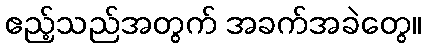
ဧည့်သည်အတွက် အခက်အခဲတွေ။